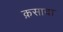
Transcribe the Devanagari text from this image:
क़सादा